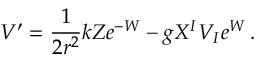
V ^ { \prime } = \frac { 1 } { 2 r ^ { 2 } } k Z e ^ { - W } - g X ^ { I } V _ { I } e ^ { W } \, .